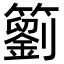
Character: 䉧